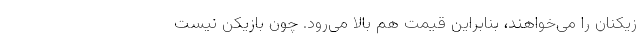
زیکنان را می‌خواهند، بنابراین قیمت هم بالا می‌رود. چون بازیکن نیست